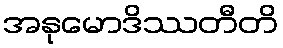
အနုမောဒိဿတီတိ